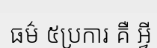
ធម៌ ៥ប្រការ គឺ អ្វី